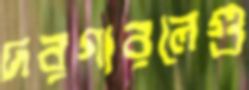
দরগারলেগু